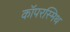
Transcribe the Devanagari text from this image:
कॉपरस्मिथ